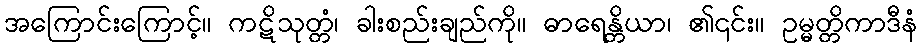
အကြောင်းကြောင့်။ ကဋိသုတ္တံ၊ ခါးစည်းချည်ကို။ ဓာရေန္တိယာ၊ ၏၎င်း။ ဥမ္မတ္တိကာဒီနံ